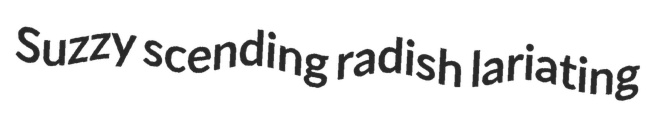
Suzzy scending radish lariating